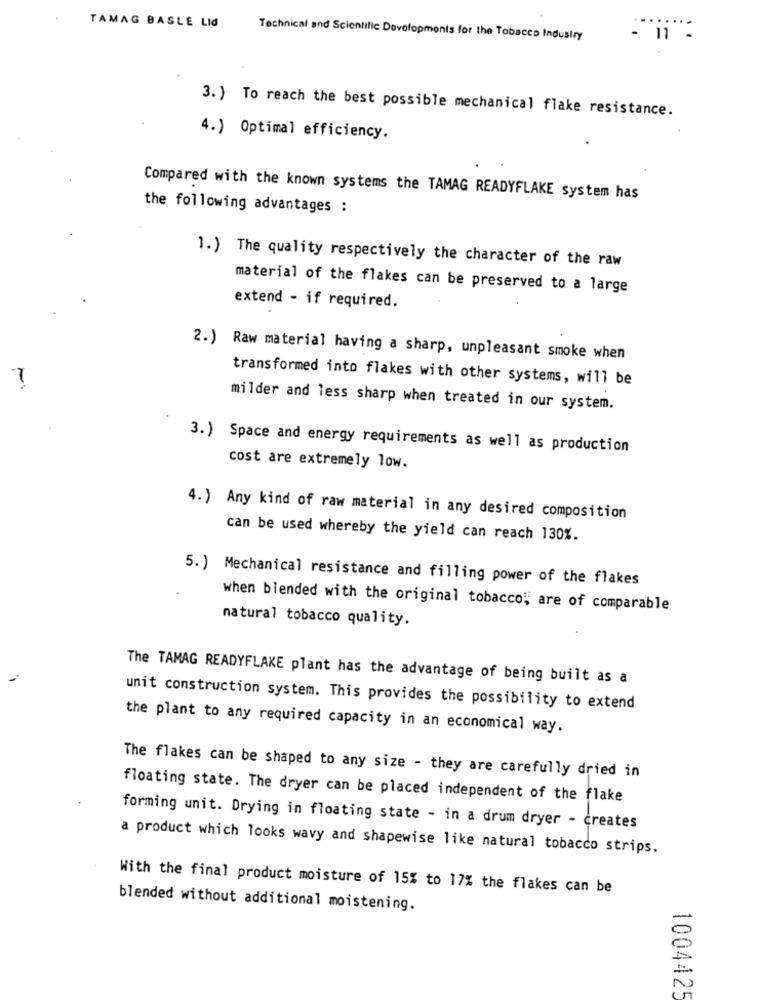
TAMAG BASLE LId
Technical and Scientific Developments for the Tobacco Industry
- 11 -
3. ) To reach the best possible mechanical flake resistance.
4.) Optimal efficiency.
Compared with the known systems the TAMAG READYFLAKE system has
the following advantages :
1.) The quality respectively the character of the raw
material of the flakes can be preserved to a large
extend - if required.
2.) Raw material having a sharp, unpleasant smoke when
7
transformed into flakes with other systems, will be
milder and less sharp when treated in our system.
3.) Space and energy requirements as well as production
cost are extremely low.
4.) Any kind of raw material in any desired composition
can be used whereby the yield can reach 130%.
5. ) Mechanical resistance and filling power of the flakes
when blended with the original tobacco; are of comparable
natural tobacco quality.
The TAMAG READYFLAKE plant has the advantage of being built as a
unit construction system. This provides the possibility to extend
the plant to any required capacity in an economical way.
The flakes can be shaped to any size - they are carefully dried in
floating state. The dryer can be placed independent of the flake
forming unit. Drying in floating state - in a drum dryer - creates
a product which looks wavy and shapewise like natural tobacco strips.
With the final product moisture of 15% to 17% the flakes can be
blended without additional moistening.
1004425